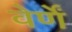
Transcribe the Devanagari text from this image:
वेर्णें